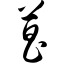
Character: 菖